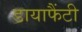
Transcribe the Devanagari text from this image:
डायाफैंटी